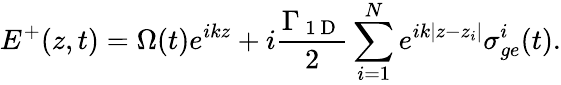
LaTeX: E^{+}(z,t)=\Omega(t)e^{ikz}+i\frac{\Gamma_{\mathrm{~1~D~}}}{2}\sum_{i=1}^{N}e^{ik|z-z_{i}|}\sigma_{ge}^{i}(t).